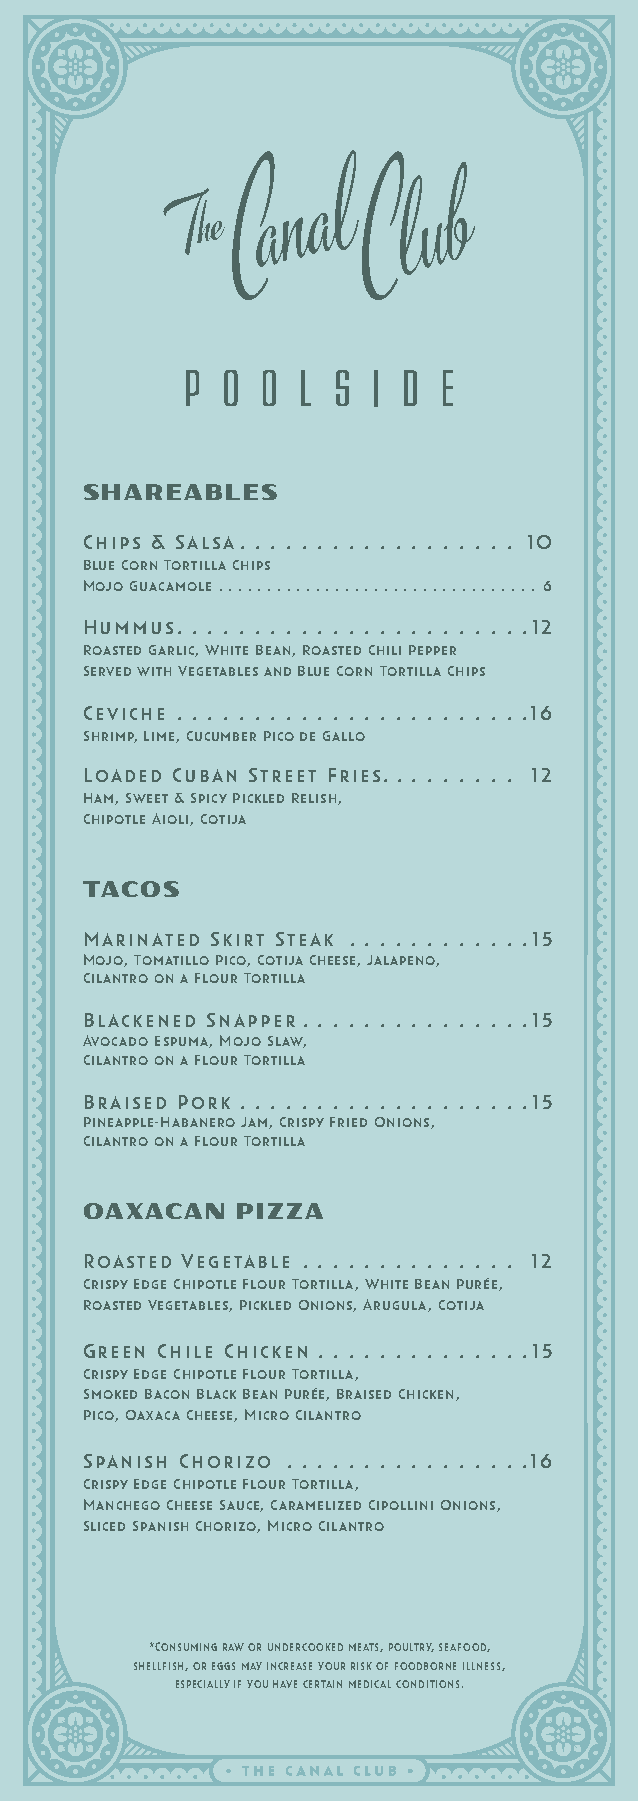
P  O O  L S  I D E
 SHAREABLES
 Chips & Salsa .  .  .  .  .  .  .  .  .  .  .  .  .  .  .  .  .  . 10
 Blue Corn Tortilla Chips
 Mojo Guacamole .  . . . . . . . . . . . . . . . . . . . . . . . . . . . . . . . . 6
 Hummus .  .  .  .  .  .  .  .  .  .  .  .  .  .  .  .  .  .  .  .  .  . . 12
 Roasted Garlic, White Bean, Roasted Chili Pepper
 Served with Vegetables and Blue Corn Tortilla Chips
 Ceviche .  .  .  .  .  .  .  .  .  .  .  .  .  .  .  .  .  .  .  .  .  . . 16
 Shrimp, Lime, Cucumber Pico de Gallo
 Loaded Cuban Street Fries . .  .  .  .  .  .  .  . 12
 Ham, Sweet & Spicy Pickled Relish,
 Chipotle Aioli, Cotija
 TACOS
 Marinated Skirt Steak .  .  .  .  .  .  .  .  .  .  . . 15
 Mojo, Tomatillo Pico, Cotija Cheese, Jalapeno,
 Cilantro on a Flour Tortilla
 Blackened Snapper .  .  .  .  .  .  .  .  .  .  .  .  .  . . 15
 Avocado Espuma, Mojo Slaw,
 Cilantro on a Flour Tortilla
 Braised Pork .  .  .  .  .  .  .  .  .  .  .  .  .  .  .  .  .  . . 15
 Pineapple-Habanero Jam, Crispy Fried Onions,
 Cilantro on a Flour Tortilla
 OAXACAN    PIZZA
 Roasted Vegetable .  .  .  .  .  .  .  .  .  .  .  .  .  . 12
 Crispy Edge Chipotle Flour Tortilla, White Bean Purée,
 Roasted Vegetables, Pickled Onions, Arugula, Cotija
 Green Chile Chicken .  .  .  .  .  .  .  .  .  .  .  .  . . 15
 Crispy Edge Chipotle Flour Tortilla,
 Smoked Bacon Black Bean Purée, Braised Chicken,
 Pico, Oaxaca Cheese, Micro Cilantro
 Spanish Chorizo .  .  .  .  .  .  .  .  .  .  .  .  .  .  . . 16
 Crispy Edge Chipotle Flour Tortilla,
 Manchego Cheese Sauce, Caramelized Cipollini Onions,
 Sliced Spanish Chorizo, Micro Cilantro
 *Consuming raw or undercooked meats, poultry, seafood,
 shellfish, or eggs may increase your risk of foodborne illness,
 especially if you have certain medical conditions .